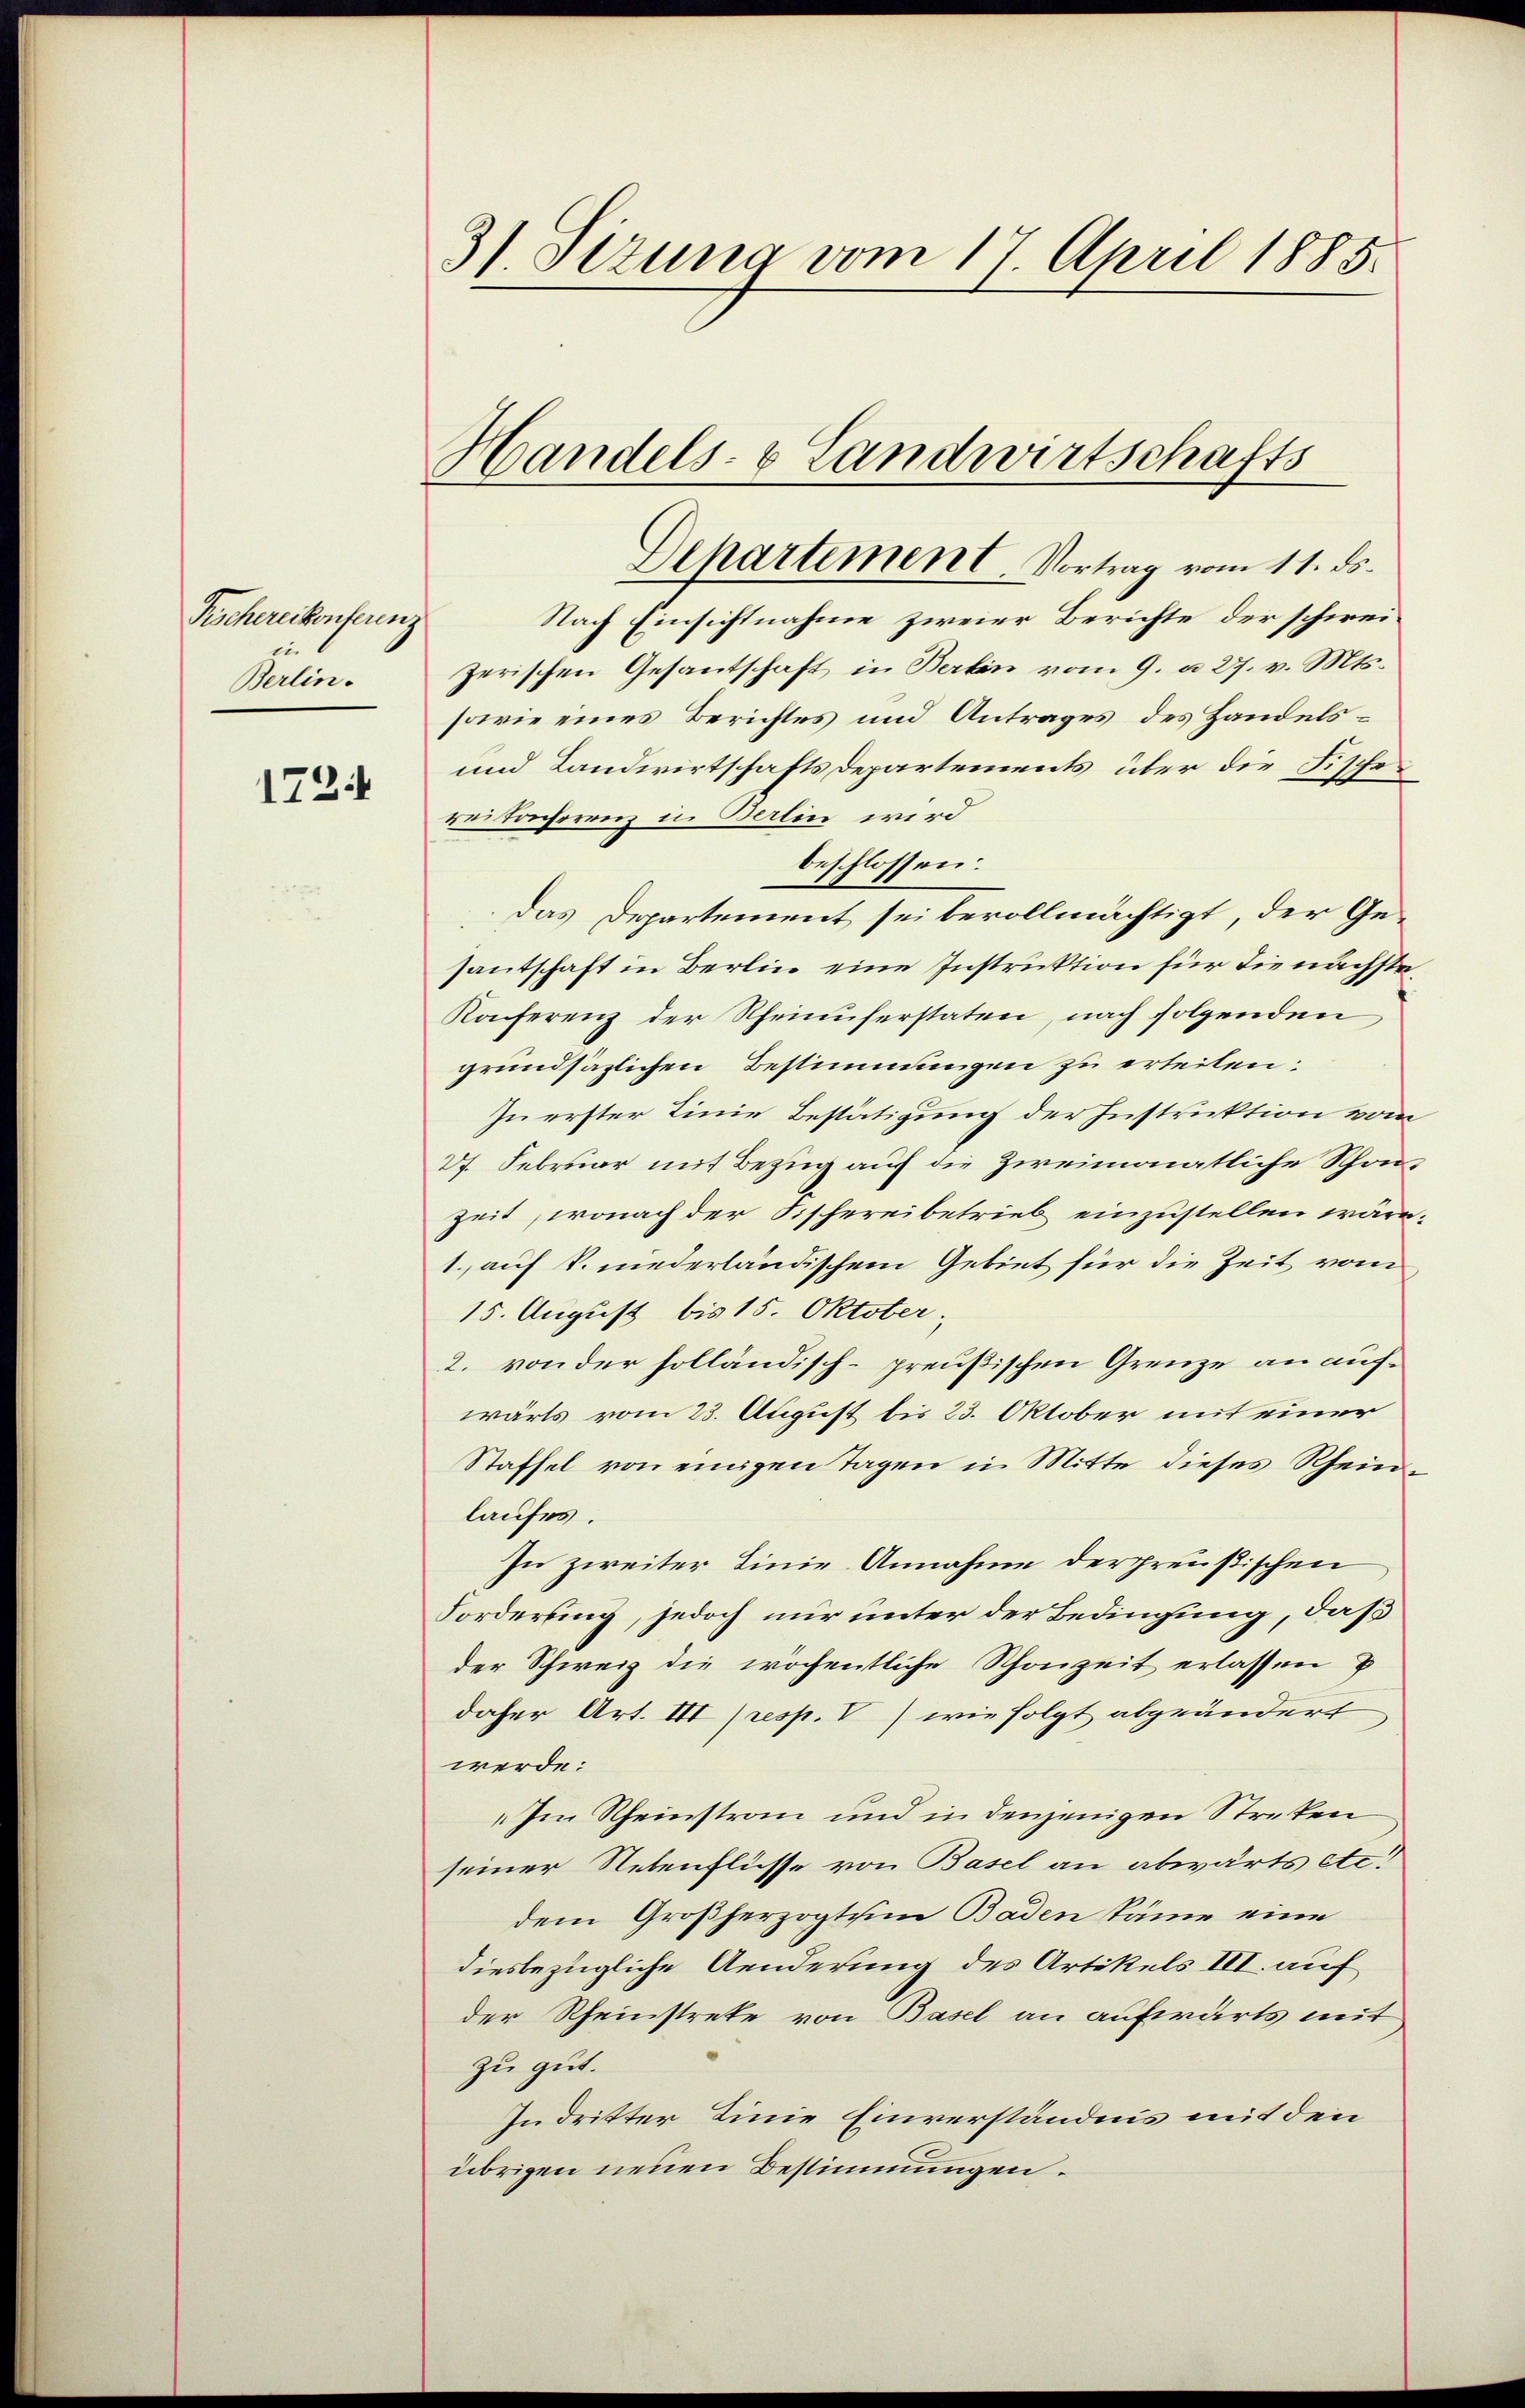
Fischereikonferenz
Berlin.

1724

3/ Sizung vom 17. April 1885.

Handels- & Landwirtschafts

Departement. Vortrag vom 11. ds.
Nach Einsichtnahme zweier Berichte der schweizerischen Gesantschaft in Berlin vom 9. d. 27. v. Mts.
sowie eines Berichtes und Antrages des Handels¬
und Landwirtschafts Departements über die Fischerei tocherenz in Berlin wird
beschlossen:
Das Departement sei bevollmächtigt, der Gesantschaft in Berlin eine Instruktion für die nächste¬
Konferenz der Rheinuferstaten, nach folgenden
grundsätzlichen Bestimmungen zu erteilen:
In erster Linie Bestätigung der Instruktion vom
27. Februar mit Bezug auf die zweimonatliche Schon
zeit, wonach der Fischereibetrieb einzustellen wäre.
1. auf k. niederländischem Gebiet für die Zeit vom
15. August bis 15. Oktober;
2. von der holländisch-preußischen Grenze an aufwärts vom 23. August bis 23. Oktober mit einer
Staffel von einigen Tagen in Mitte dieses Rheinlaufes.
In zweiter Linie Annahme der preußischen
Forderung, jedoch nur unter der Bedingung, daß
der Schweiz die wöchentliche Schonzeit erlassen u
daher Art. III (resp. V) wie folgt abgeändert
werde:
„Im Rheinstran und in denjenigen Streken
seiner Nebenflüsse von Basel an abwärts etc.
dem Großherzogtum Baden Stämme eine
diesbezügliche Aenderung des Artikels III. auf
der Rheinstreke von Basel an aufwärts mit
zu gut.
In dritter Linie Einverständnis mit den
übrigen neuen Bestimmungen.